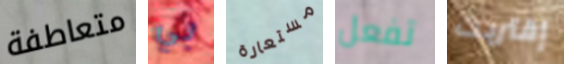
متعاطفة بي مستعارة تفعل إقتربت